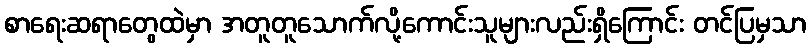
စာရေးဆရာတွေထဲမှာ အတူတူသောက်လို့ကောင်းသူများလည်းရှိကြောင်း တင်ပြမှသာ